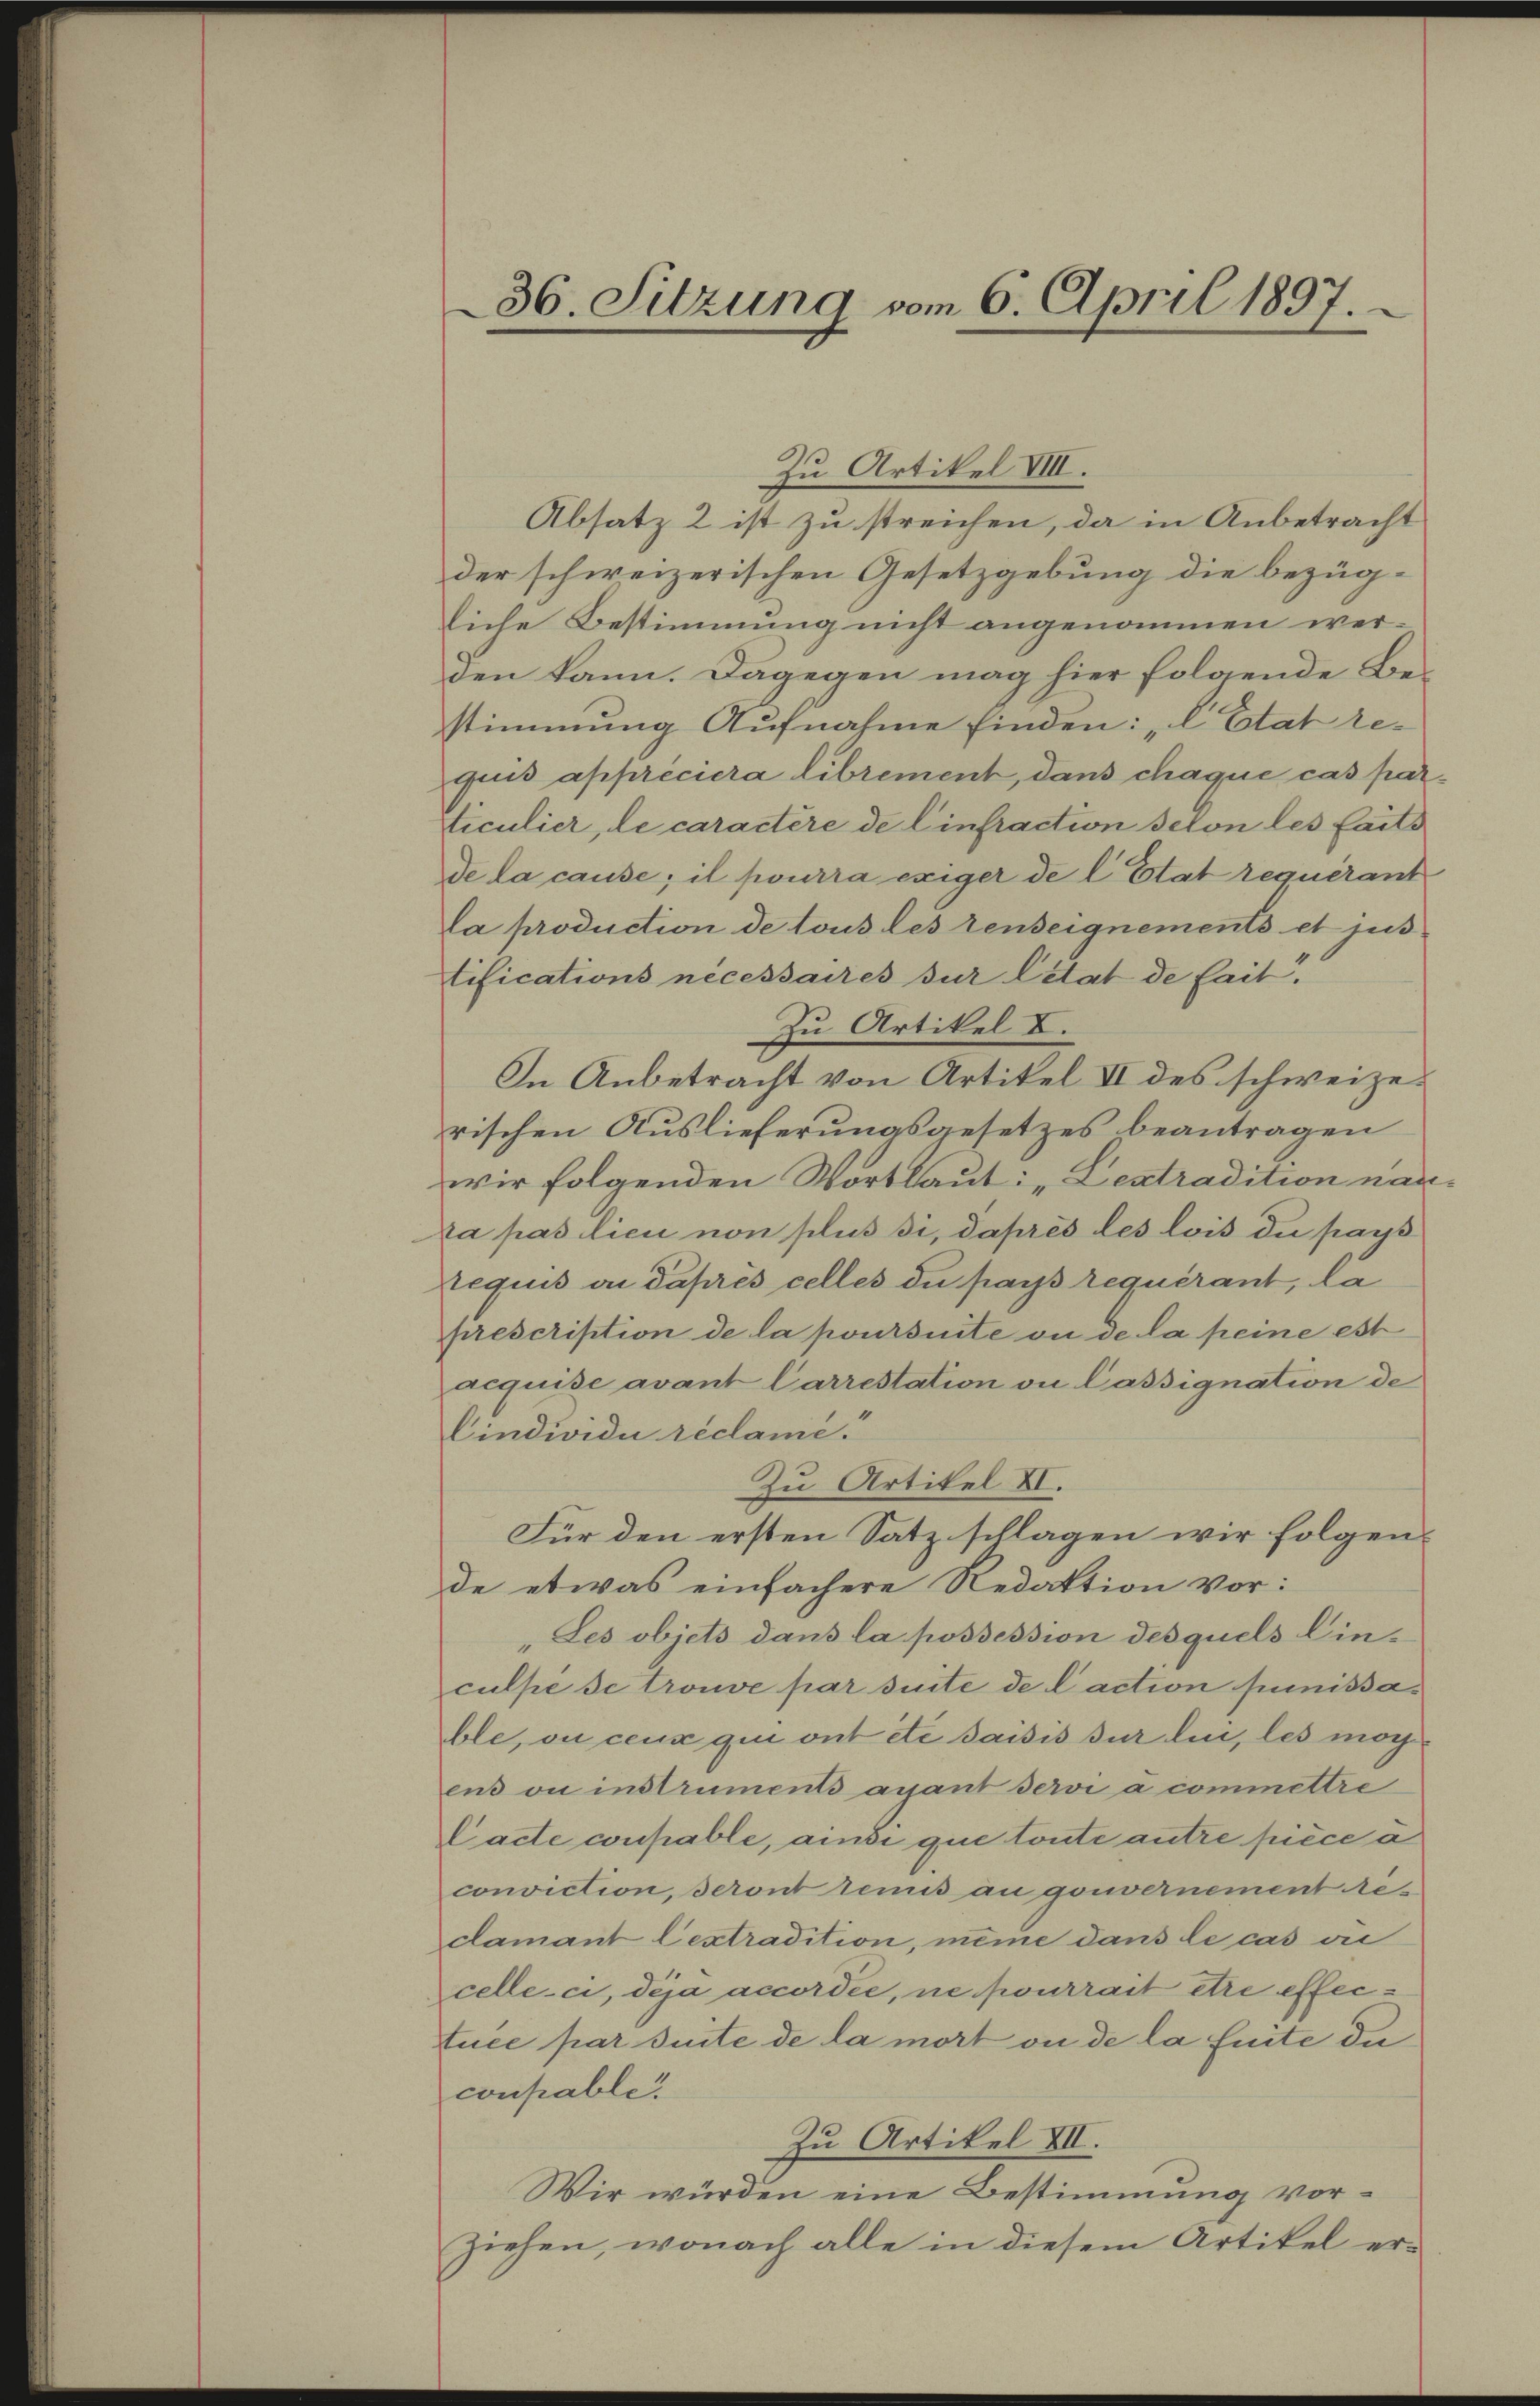
Zu Artikel VIII.
Absatz 2 ist zu streichen, da in Anbetracht
der schweizerischen Gesetzgebung die bezüg-
liche Bestimmung nicht angenommen werden kann. Dagegen mag hier folgende Bestimmung Aŭfnahme finden: „l Etat re-
quis appréciera librement, dans chaque cas particulier, le caractère de Einfraction selon les faits
de la cause; il pourra exiger de l. Etat requérant
la production de tous les denseignements et jus
tifications nécessaires sur Citat de fait.
Zu Artikel I.
In Anbetracht von Artikel II des schweizerischen Auslieferungsgesetzes beantragen
wir folgenden Wortlaut: „Lextradition nanka pas lieu non plus si, daprès les lois du pays
requis an Paprès celles du pays requérant, la
prescription de la poursuite ou de la peine est
acquise avant Carrestation on Cassignation de
Cindividui réclamé
Zu Artikel VI.
Für den ersten Satz schlagen wir folgende etwas einfachere Redaktion vor:
Les objets dans la possession desquels Einculpé se trouve par suite de l’action Junissable, ou ceux qui ont été saisis sur lin, les mög
ens ou instruments ayant servi a commettre
Lade coupable, ainsi que toute antre piece à
conviction, seront remis an gouvernement es
damant Cextradition, meine dans le cas die
celle-ci, dija accordée, ne pourrait être effentuce par suite de la mort ou de la suite du
coupable
Zu Artikel XII.
Wir würden eine Bestimmung vorziehen, wonach alle in diesem Artikel er¬

36. Sitzung vom 6. April 1897.